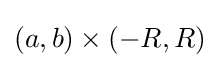
(a,b)\times (-R,R)